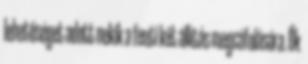
lehetőséget adott nekik a fenti két állítás megcáfolására. Ők